Supplement to the account of plague administration in the Bombay Presidency from September 1896 till May 1897
Year: 1896
Disease focus: Plague
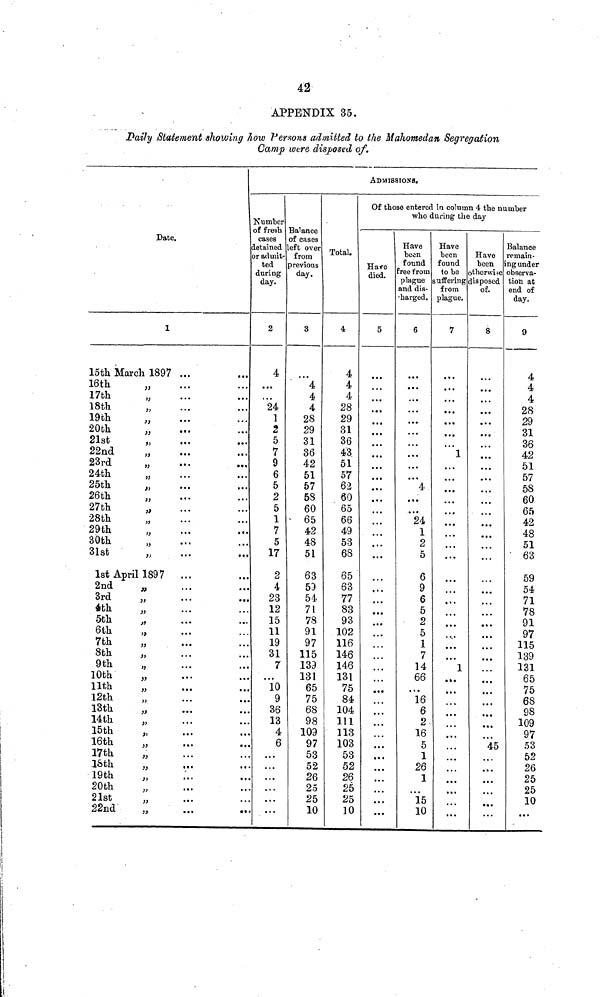
42
APPENDIX 35.
Daily Statement showing how Persons admitted to the Mahomedan Segregation
Oamp were disposed of.
Date.
1
15th March 1897
16th
17th
18th
19th
20th
21st
22nd
23rd
24th
25th
26th
27th
28th
29th
30th.
31st
"
"
"
"
"
"
"
"
"
"
"
"
"
"
"
"
1st April 1897
2nd
3rd
4th
5th
6th
7th
8th
9th
10th
11th
12th
13th
14th
15th
16th
17th
16th
19th
20th
21st
22nd
"
"
"
"
"
"
"
"
"
"
"
"
"
"
"
"
"
"
"
"
"
•••
...
...
...
...
...
...
...
...
...
...
...
...
...
...
...
...
...
...
...
...
...
...
...
...
...
• ••
...
...
...
...
...
...
...
...
...
...
...
...
• ••
...
...
...
• • •
...
...
...
...
...
...
...
...
...
...
...
...
...
...
...
...
...
...
...
...
...
...
...
...
...
...
...
...
...
...
...
...
...
...
Number
of fresh
cases
detained
or admit-
ted
during
day.
2
4
...
...
24
1
2
5
7
9
6
5
2
5
1
7
5
17
2
4
23
12
15
11
19
31
7
...
10
9
36
13
4
6
...
...
...
...
...
...
Balance
of cases
left over
from
previous
day.
3
...
4
4
4
28
29
31
36
42
51
57
58
60
65
42
48
51
63
59
54
71
78
91
97
115
139
131
65
75
68
98
109
97
53
52
26
25
25
10
Total.
4
4
4
4
28
29
31
36
43
51
57
62
60
65
66
49
53
68
65
63
77
83
93
102
116
146
146
131
75
84
104
111
113
103
53
52
26
25
25
10
ADMISSIONS.
Of those entered in column 4 the number
who during the day
Hare
died.
5
...
...
...
...
...
...
...
...
...
...
...
...
...
...
...
...
...
...
...
...
...
...
...
...
...
...
...
...
...
...
...
...
....
...
...
...
...
...
...
Have
been
found
free from
plague
and dis-
charged.
6
...
...
...
...
...
...
...
...
...
...
4
...
...
24
1
2
5
6
9
6
5
2
5
1
7
14
66
...
16
6
2
16
5
1
26
1
...
15
10
Have
been
found
to be
suffering
from
plague.
7
...
...
...
...
...
...
...
1
...
...
...
...
...
...
...
...
...
...
...
...
...
1
...
...
...
...
...
...
...
...
Have
been
otherwise
disposed
of.
8
...
...
...
...
...
...
...
...
...
...
...
...
...
...
...
...
...
...
...
...
...
...
...
...
...
...
...
...
...
...
...
...
45
...
...
...
...
...
...
Balance
remain-
ing under
observa-
tion at
end of
day.
9
4
4
4
28
29
31
36
42
51
57
58
60
65
42
48
51
63
59
54
71
78
91
97
115
139
131
65
75
68
98
109
97
53
52
26
25
25
10
...